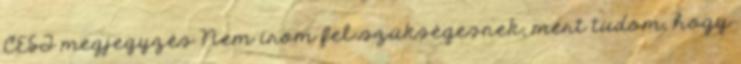
CEST megjegyzés Nem írom fel szükségesnek, mert tudom, hogy